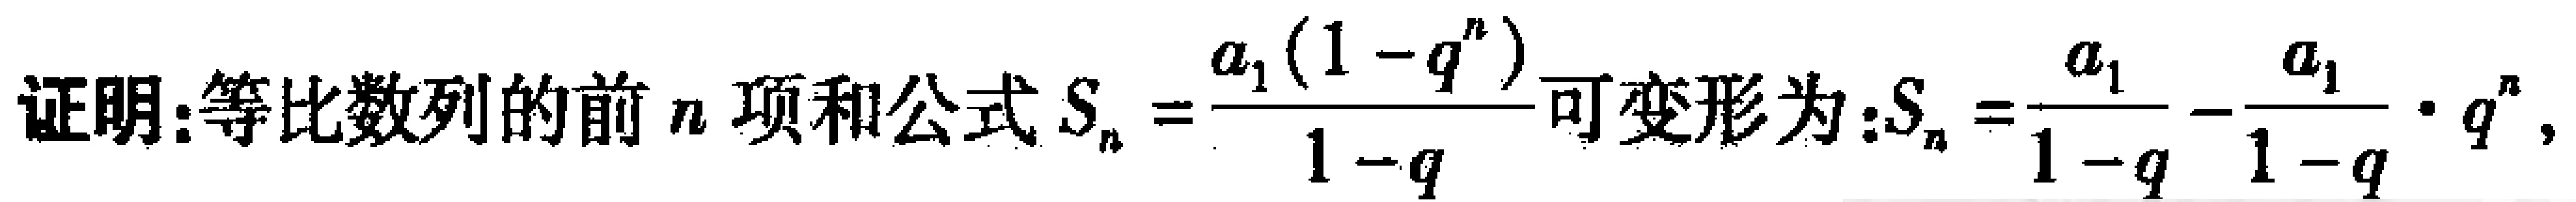
证明：等比数列的前\(n\)项和公式\(S_{n}=\frac{a_{1}(1 - q^{n})}{1 - q}\)可变形为：\(S_{n}=\frac{a_{1}}{1 - q}-\frac{a_{1}}{1 - q}\cdot q^{n}\)